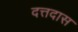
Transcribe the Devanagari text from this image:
दत्तदास